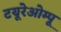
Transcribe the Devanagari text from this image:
टयूरेओम्पू